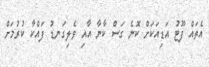
އެތައް ފޫޓު އަޑިއަކަށް ކޮނެ ގަސް ކާނާ އާއި ވެލިގަނޑު ފައްކާ ކުރުމަށް